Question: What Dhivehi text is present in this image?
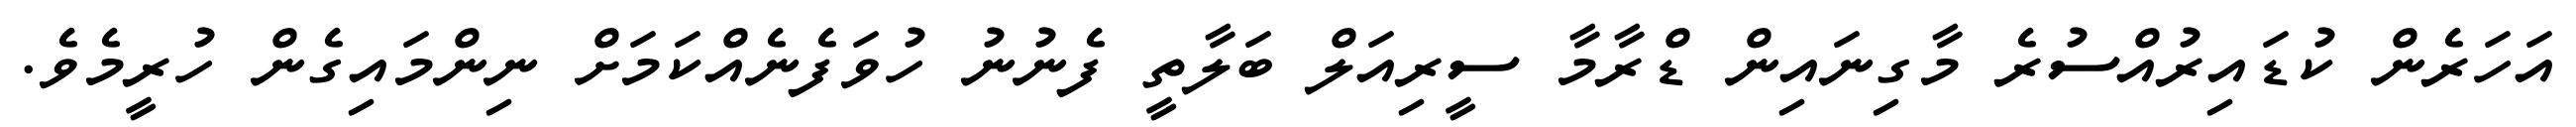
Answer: އަހަރެން ކުޑައިރުއްސުރެ މާގިނައިން ޑްރާމާ ސީރިއަލް ބަލާތީ ފެނުނު ހުވަފެނެއްކަމަށް ނިންމައިގެން ހުރީމެވެ.